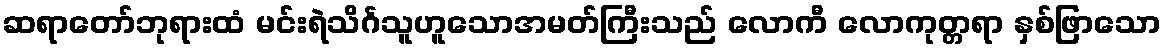
ဆရာတော်ဘုရားထံ မင်းရဲသိင်္ဂသူဟူသောအမတ်ကြီးသည် လောကီ လောကုတ္တရာ နှစ်ဖြာသော